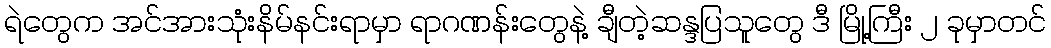
ရဲတွေက အင်အားသုံးနိမ်နင်းရာမှာ ရာဂဏန်းတွေနဲ့ ချီတဲ့ဆန္ဒပြသူတွေ ဒီ မြို့ကြီး ၂ ခုမှာတင်